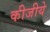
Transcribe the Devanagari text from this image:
कीजीये